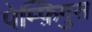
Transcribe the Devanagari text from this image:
पेम्फ़िगुस